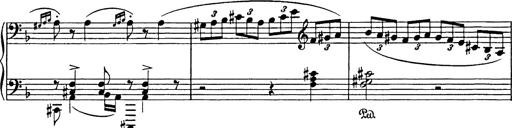
Title: Hungarian Rhapsody No.17
Composer: Franz Liszt
Key: D minor